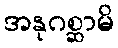
အနုဂစ္ဆာမိ